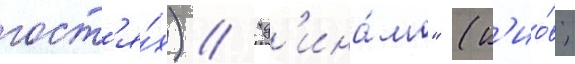
гост'я́х) / "д'ина́мо" (к'ио́в;